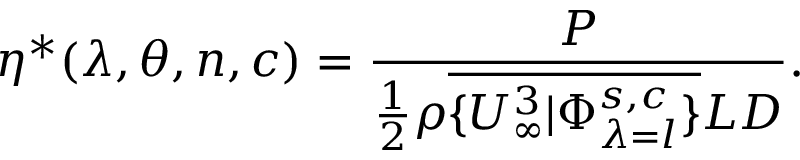
\eta ^ { * } ( \lambda , \theta , n , c ) = \frac { P } { \frac { 1 } { 2 } \rho \overline { { \{ U _ { \infty } ^ { 3 } \vert \Phi _ { \lambda = l } ^ { s , c } \} } } L D } .